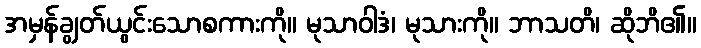
အမှန်ချွတ်ယွင်းသောစကားကို။ မုသာဝါဒံ၊ မုသားကို။ ဘာသတိ၊ ဆိုဘိ၏။